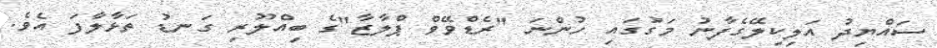
ސައްޔިދު އަލިކިލޭގެފާނު މަގުގައި ހުންނަ "ރެޑްވޭވް ޕްލާޒާ"ގެ ބިއްލޫރި ގަނޑު ތަޅާލާފަ އެވެ.